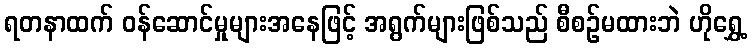
ရတနာထက် ဝန်ဆောင်မှုများအနေဖြင့် အရွက်များဖြစ်သည် စီစဉ်မထားဘဲ ဟိုရွှေ့